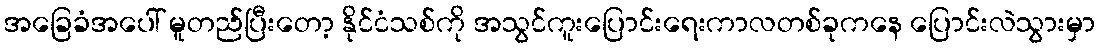
အခြေခံအပေါ် မူတည်ပြီးတော့ နိုင်ငံသစ်ကို အသွင်ကူးပြောင်းရေးကာလတစ်ခုကနေ ပြောင်းလဲသွားမှာ